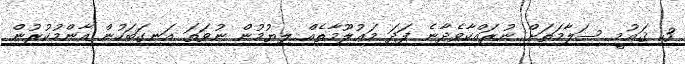
3. ޤައުމީ ސަލާމަތަށް ނުރައްކާވެދާނެ ފަދަ މަޢުލޫމާތެއް ލިޔުމުން ނުވަތަ އަނގަބަހުން އާންމުކުރުން